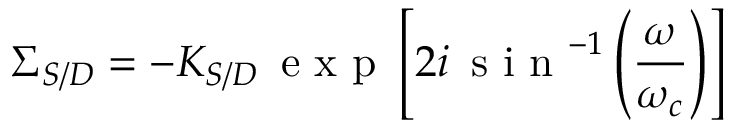
\Sigma _ { S / D } = - K _ { S / D } \, \mathrm { ~ e ~ x ~ p ~ } \left[ 2 i \, \mathrm { ~ s ~ i ~ n ~ } ^ { - 1 } \left( \frac { \omega } { \omega _ { c } } \right) \right]